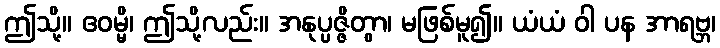
ဤသို့။ ဧဝမ္မိ၊ ဤသို့လည်း။ အနုပ္ပဇ္ဇိတွာ၊ မဖြစ်မူ၍။ ယံယံ ဝါ ပန အာရဗ္ဘ၊